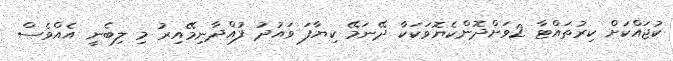
ކުޖައްކަށް ކިރުތައްޓާ 2ވަށްދޮންކެޔޮވަކަކާ ދޭނަމޭ ކިޔާފަ ވައުދު ފުއްދާނިމޭއިރު މި ލިބެނީ އެއްވެސް